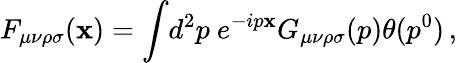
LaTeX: F_{\mu\nu\rho\sigma}(\mathbf{x})=\int\! d^{2}p\ e^{-ip\mathbf{x}}G_{\mu\nu\rho\sigma}(p)\theta(p^{0})\, ,